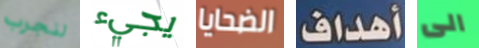
لنجرب يجيء الضحايا أهداف الى